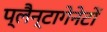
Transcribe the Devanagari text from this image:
प्लैन्टागेनेटों